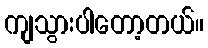
ကျသွားပါတော့တယ်။